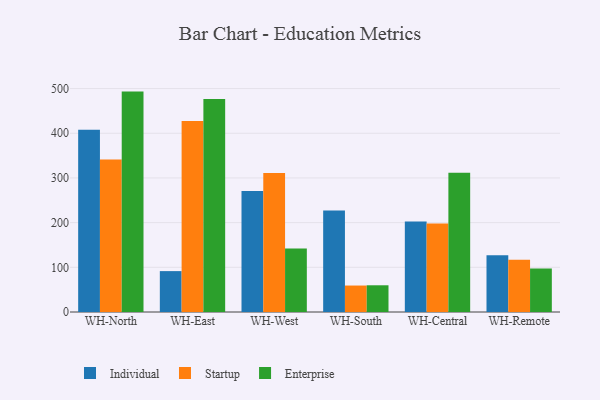
{"axis": {"x": "Warehouse", "y": "Temperature (°C)"}, "legend": ["Enterprise", "Individual", "Startup"], "data": [{"x": "WH-North", "y": 407.6, "type": "Individual"}, {"x": "WH-North", "y": 341.5, "type": "Startup"}, {"x": "WH-North", "y": 493.2, "type": "Enterprise"}, {"x": "WH-East", "y": 91.5, "type": "Individual"}, {"x": "WH-East", "y": 427.2, "type": "Startup"}, {"x": "WH-East", "y": 476.8, "type": "Enterprise"}, {"x": "WH-West", "y": 270.8, "type": "Individual"}, {"x": "WH-West", "y": 310.9, "type": "Startup"}, {"x": "WH-West", "y": 142.3, "type": "Enterprise"}, {"x": "WH-South", "y": 226.9, "type": "Individual"}, {"x": "WH-South", "y": 59.2, "type": "Startup"}, {"x": "WH-South", "y": 59.8, "type": "Enterprise"}, {"x": "WH-Central", "y": 202.5, "type": "Individual"}, {"x": "WH-Central", "y": 197.8, "type": "Startup"}, {"x": "WH-Central", "y": 311.8, "type": "Enterprise"}, {"x": "WH-Remote", "y": 127.0, "type": "Individual"}, {"x": "WH-Remote", "y": 116.9, "type": "Startup"}, {"x": "WH-Remote", "y": 97.3, "type": "Enterprise"}]}